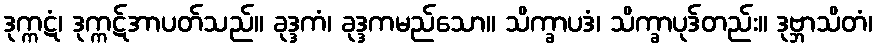
ဒုက္ကဋံ၊ ဒုက္ကဋ်အာပတ်သည်။ ခုဒ္ဒကံ၊ ခုဒ္ဒကမည်သော။ သိက္ခာပဒံ၊ သိက္ခာပုဒ်တည်း။ ဒုဗ္ဘာသိတံ၊